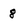
Character: 8